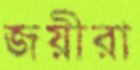
জয়ীরা